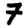
Digit: 7